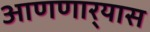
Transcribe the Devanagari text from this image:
आणणार्‍यास